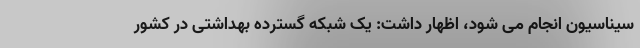
سیناسیون انجام می شود، اظهار داشت: یک شبکه گسترده بهداشتی در کشور